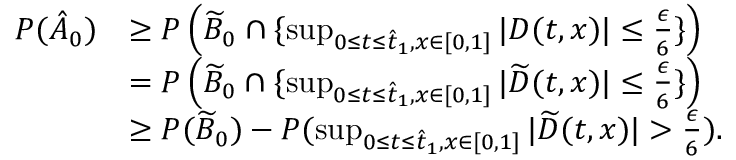
\begin{array} { r l } { P ( \hat { A } _ { 0 } ) } & { \geq P \left( \widetilde { B } _ { 0 } \cap \{ \operatorname* { s u p } _ { 0 \leq t \leq \hat { t } _ { 1 } , x \in [ 0 , 1 ] } | D ( t , x ) | \leq \frac { \epsilon } { 6 } \} \right) } \\ & { = P \left( \widetilde { B } _ { 0 } \cap \{ \operatorname* { s u p } _ { 0 \leq t \leq \hat { t } _ { 1 } , x \in [ 0 , 1 ] } | \widetilde { D } ( t , x ) | \leq \frac { \epsilon } { 6 } \} \right) } \\ & { \geq P ( \widetilde { B } _ { 0 } ) - P ( \operatorname* { s u p } _ { 0 \leq t \leq \hat { t } _ { 1 } , x \in [ 0 , 1 ] } | \widetilde { D } ( t , x ) | > \frac { \epsilon } { 6 } ) . } \end{array}